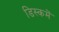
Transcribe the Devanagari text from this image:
डिस्कमें